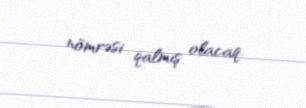
nömrəsi qalmış olacaq.